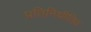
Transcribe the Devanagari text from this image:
प्रतिनिधीतिव